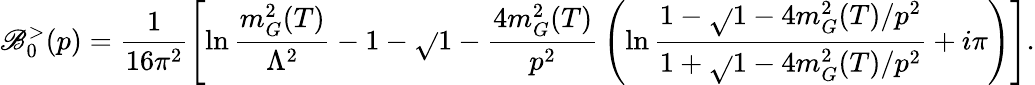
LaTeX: \mathscr{B}_{0}^{>}(p)=\frac{{1}}{{16\pi^{2}}}\left[\ln\frac{{m_{G}^{2}(T)}}{{\Lambda^{2}}}-1-\sqrt{}{{1-\frac{{4m_{G}^{2}(T)}}{{p^{2}}}}}\left(\ln\frac{{1-\sqrt{}{{1-4m_{G}^{2}(T)/p^{2}}}}}{{1+\sqrt{}{{1-4m_{G}^{2}(T)/p^{2}}}}}+i\pi\right)\right].